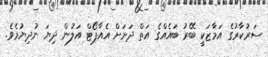
ސަރުކާރުގެ އަމާޒަކީ ބޭރު ބައެއްގެ އަތް ދަށަށް އެއާޕޯޓް އަލުން ދިޔަ ނުދިޔުމެވެ.